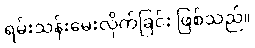
ရမ်းသန်းမေးလိုက်ခြင်း ဖြစ်သည်။